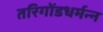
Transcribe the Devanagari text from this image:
तरिगोंडधर्मन्न